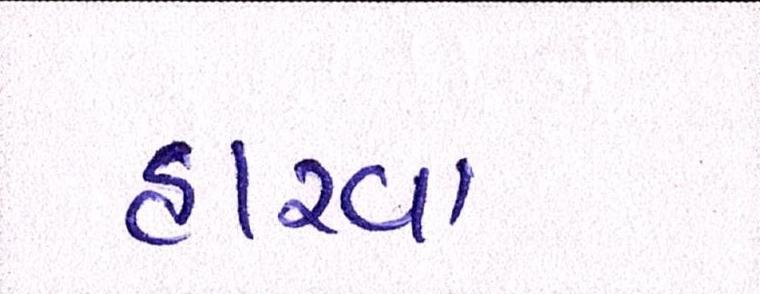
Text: હારવા